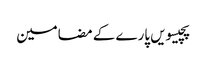
پچیسویں پارے کے مضامین